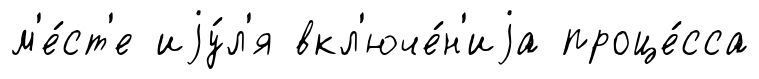
м'е́ст'е иjу́л'я вкл'юче́н'иjа проце́сса